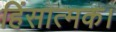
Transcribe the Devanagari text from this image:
हिंसात्मक।